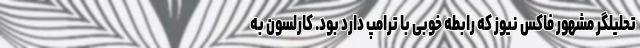
تحلیلگر مشهور فاکس نیوز که رابطه خوبی با ترامپ دارد بود. کارلسون به